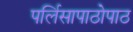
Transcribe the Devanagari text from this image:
पर्लिसापाठोपाठ